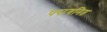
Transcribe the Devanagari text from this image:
परागनित